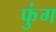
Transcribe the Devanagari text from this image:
फुंग